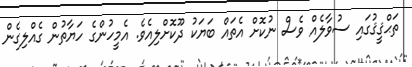
ތަޙްޤީޤުގައި ސުވާލެއް ވެސް ނުކޮށް އެތައް ބަޔަކު ދޫކޮށްލިއެވެ. އެމީހުންގެ ހަޔާތުން ގެއްލިގެން